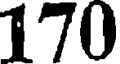
170